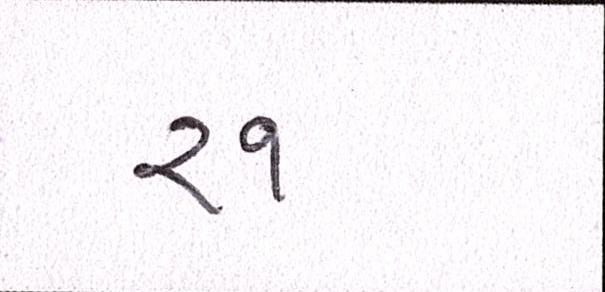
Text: ૨૧